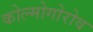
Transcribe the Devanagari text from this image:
कोल्मोगोरोव